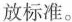
放标准。